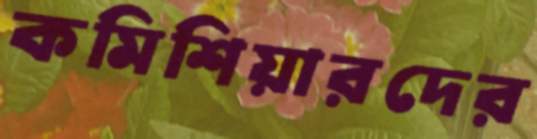
কমিশিয়ারদের